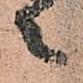
々